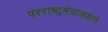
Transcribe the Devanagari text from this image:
परराष्ट्रमंत्रालयाने